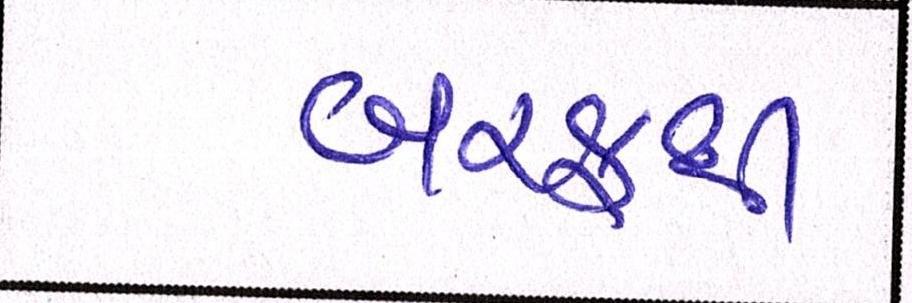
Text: બરફથી